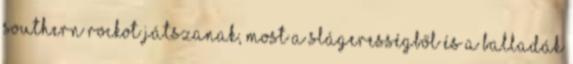
southern rockot játszanak, most a slágerességből és a balladák